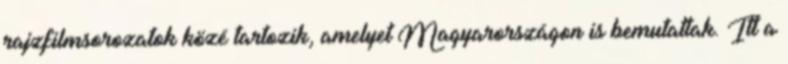
rajzfilmsorozatok közé tartozik, amelyet Magyarországon is bemutattak. Itt a